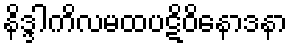
နိဒ္ဒါကိလမထပဋိဝိနောဒနာ